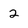
Character: 2